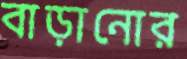
বাড়ানোর